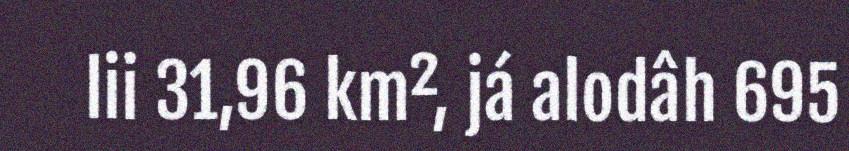
lii 31,96 km², já alodâh 695